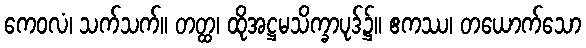
ကေဝလံ၊ သက်သက်။ တတ္ထ၊ ထိုအဋ္ဌမသိက္ခာပုဒ်၌။ ဧကဿ၊ တယောက်သော